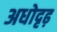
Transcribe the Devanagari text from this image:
अधोदृढ़